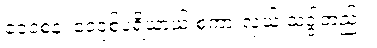
ဝေဝစနံ၊ ဝေဝုစ်ပရိယာယ် စကားလှယ် သဒ္ဒါတည်း။